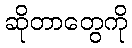
ဆိုတာတွေကို